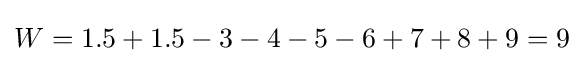
W=1.5+1.5-3-4-5-6+7+8+9=9